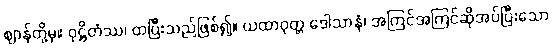
ဈာန်တို့မှ။ ဝုဋ္ဌိတံဿ၊ ထပြီးသည်ဖြစ်၍။ ယထာဝုတ္တ ဒေါသာနံ၊ အကြင်အကြင်ဆိုအပ်ပြီးသော